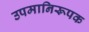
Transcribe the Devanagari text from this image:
उपमानिरूपक